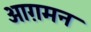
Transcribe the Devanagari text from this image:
आग़मन